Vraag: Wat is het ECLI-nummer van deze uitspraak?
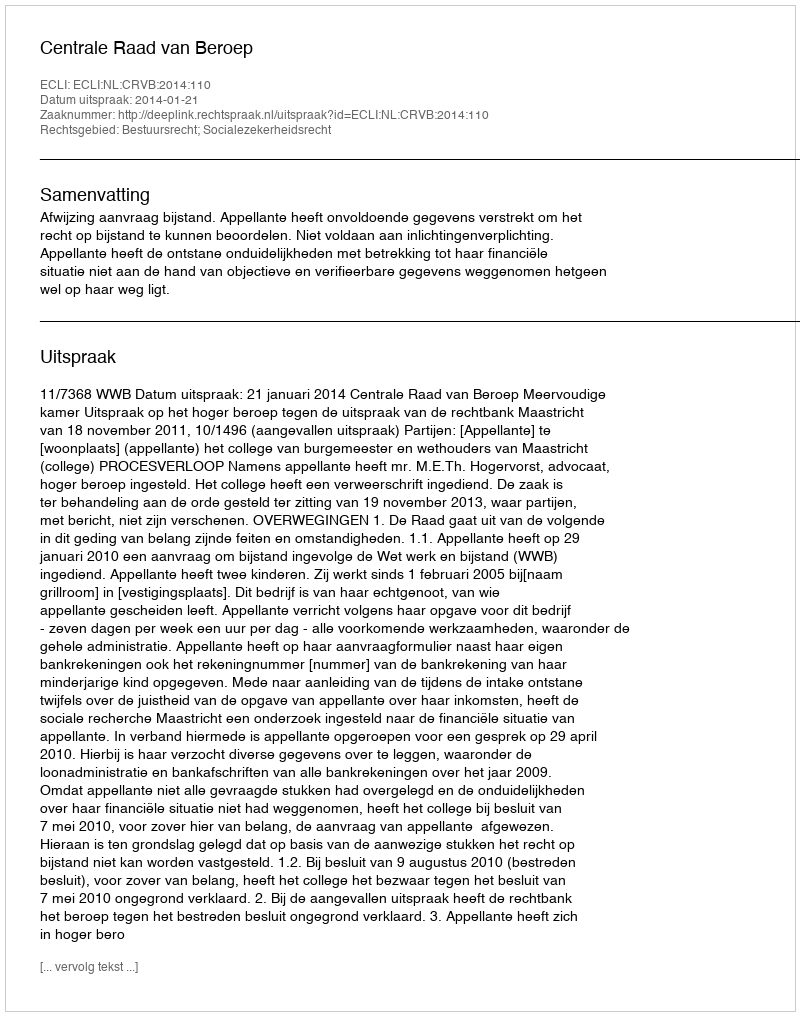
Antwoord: ECLI:NL:CRVB:2014:110